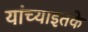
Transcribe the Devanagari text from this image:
यांच्याइतके